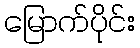
မြောက်ပိုင်း